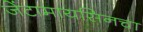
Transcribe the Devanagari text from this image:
जेंटामायसिनचा